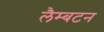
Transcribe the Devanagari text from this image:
लैम्बटन